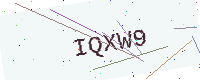
Text: IQXW9